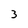
Character: 3